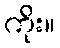
ကိုး။